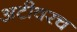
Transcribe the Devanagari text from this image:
अटीवरच